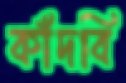
কাঁদবি